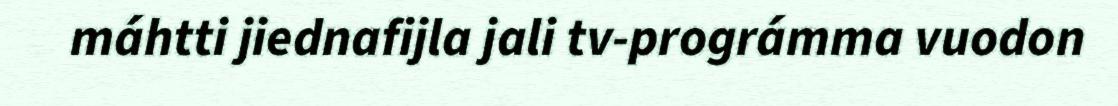
máhtti jiednafijla jali tv-prográmma vuodon